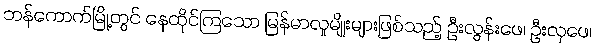
ဘန်ကောက်မြို့တွင် နေထိုင်ကြသော မြန်မာလူမျိုးများဖြစ်သည့် ဦးလွန်းဖေ၊ ဦးလှဖေ၊